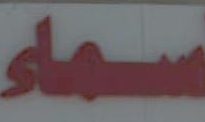
سماء